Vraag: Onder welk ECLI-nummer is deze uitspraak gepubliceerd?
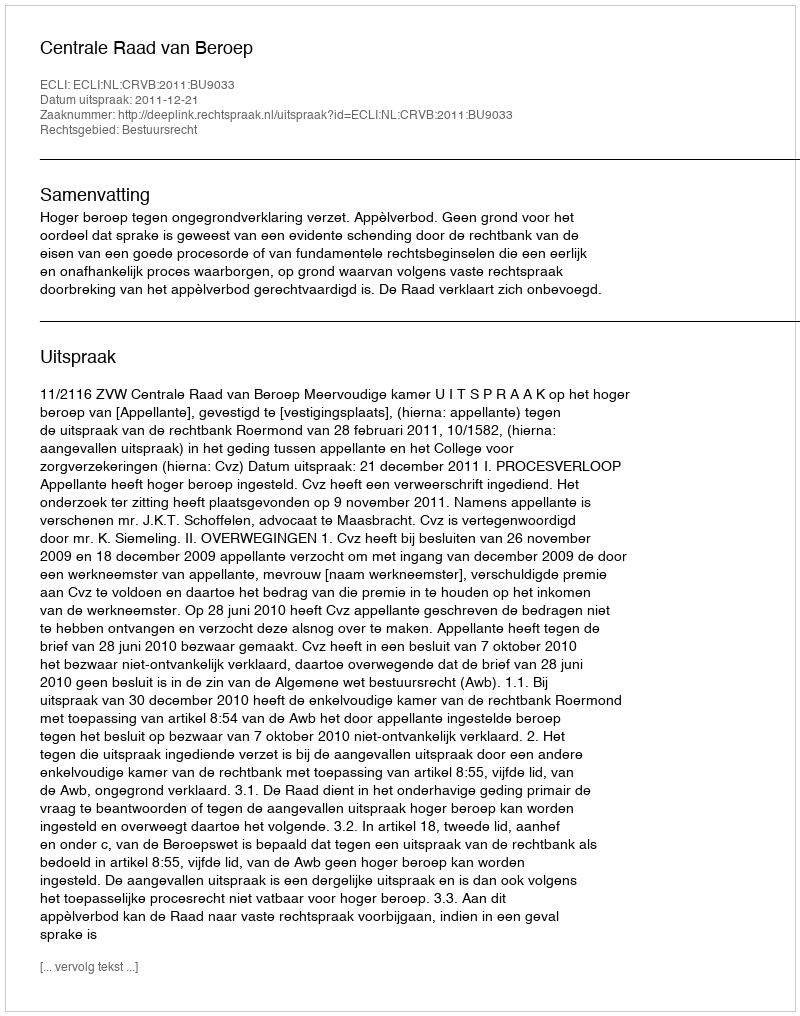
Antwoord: ECLI:NL:CRVB:2011:BU9033